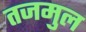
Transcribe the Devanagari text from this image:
तजमुल